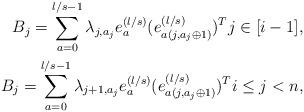
LaTeX: \begin{align*}B_j=\sum_{a=0}^{l/s-1}\lambda_{j,a_j}e_a^{(l/s)} (e_{a(j,a_j\oplus 1)}^{(l/s)})^T j\in[i-1],\\B_j=\sum_{a=0}^{l/s-1}\lambda_{j+1,a_j}e_a^{(l/s)} (e_{a(j,a_j\oplus 1)}^{(l/s)})^T i\le j<n,\end{align*}